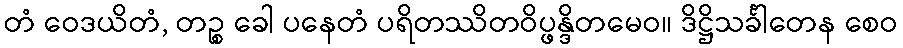
တံ ဝေဒယိတံ, တဉ္စ ခေါ ပနေတံ ပရိတဿိတဝိပ္ဖန္ဒိတမေဝ။ ဒိဋ္ဌိသင်္ခါတေန စေဝ